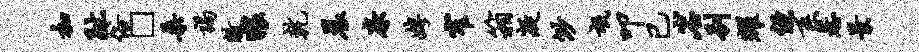
加趾俗□桑谒敝猥乾晨廉娉窄箱凝渺氓叩已岩别耀侄系惹景